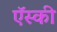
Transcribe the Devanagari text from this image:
ऍस्की